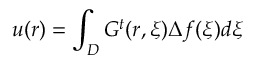
u ( \boldsymbol { r } ) = \int _ { D } G ^ { t } ( \boldsymbol { r } , \boldsymbol { \xi } ) \Delta f ( \boldsymbol { \xi } ) d \boldsymbol { \xi }